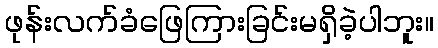
ဖုန်းလက်ခံဖြေကြားခြင်းမရှိခဲ့ပါဘူး။